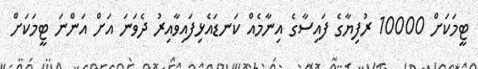
ޓީމަކަށް 10000 ރުފިޔާގެ ފައިސާގެ އިނާމެއް ކަނޑައެޅިފައިވާއިރު ދެވަނަ އަށް އަންނަ ޓީމަކަށް